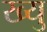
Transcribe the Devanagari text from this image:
ख्यु